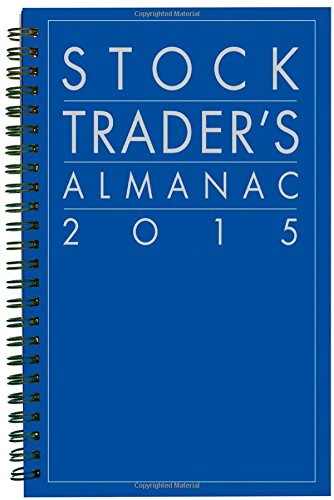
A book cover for Stock Trader's Almanac 2015 (Almanac Investor Series); Jeffrey A. Hirsch; Business & Money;